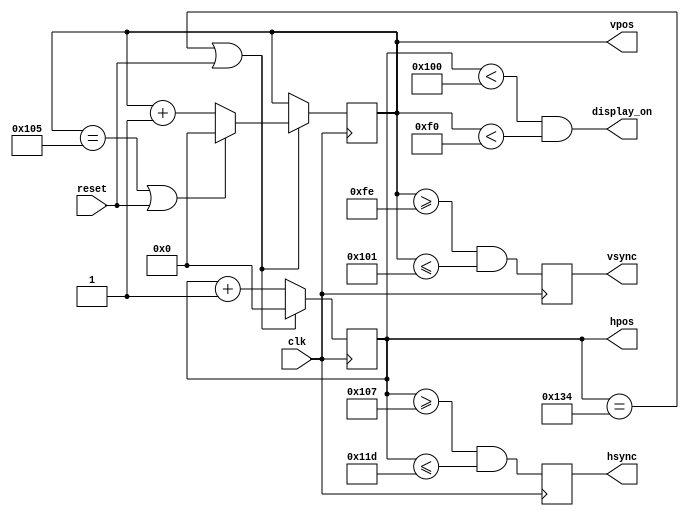
module hvsync_generator(clk, reset, hsync, vsync, display_on, hpos, vpos);
  
  input clk;
  input reset;
  
  output hsync, vsync;
  output display_on;
  
  // Pixel position for scanline
  output [8:0] hpos;
  output [8:0] vpos;
  
  // Horizontal attributes of the display
  localparam H_DISPLAY = 256; // horizontal display width
  localparam H_BACK    =  23; // left border (back porch)
  localparam H_FRONT   =   7; // right border (front porch)
  localparam H_SYNC    =  23; // horizontal sync width
  
  // Vertical attributes of the display
  localparam V_DISPLAY = 240; // vertical display height
  localparam V_TOP     =   4; // vertical top border
  localparam V_BOTTOM  =  14; // vertical bottom border
  localparam V_SYNC    =   4; // vertical sync # lines
  
  // Counter horizontal paramters
  localparam H_SYNC_START = H_DISPLAY + H_FRONT;
  localparam H_SYNC_END   = H_DISPLAY + H_FRONT + H_SYNC - 1;
  localparam H_MAX        = H_DISPLAY + H_FRONT + H_SYNC + H_BACK - 1;

  // Counter vertical parameters
  localparam V_SYNC_START = V_DISPLAY + V_BOTTOM;
  localparam V_SYNC_END   = V_DISPLAY + V_BOTTOM + V_SYNC - 1;
  localparam V_MAX        = V_DISPLAY + V_BOTTOM + V_SYNC + V_TOP - 1;

  wire hmaxxed = (hpos == H_MAX) || reset;
  wire vmaxxed = (vpos == V_MAX) || reset;
  
  // Horizontal postion counter
  always @(posedge clk)
  begin
    hsync <= (hpos >= H_SYNC_START && hpos <= H_SYNC_END);
    
    if(hmaxxed)
      hpos <= 0;
    else
      hpos <= hpos + 1;
  end
  
  // Vertical position counter
  always @(posedge clk)
  begin
    vsync <= (vpos >= V_SYNC_START && vpos <= V_SYNC_END);
      
    if(hmaxxed)
      if(vmaxxed)
        vpos <= 0;
      else
        vpos <= vpos + 1;
  end
  
  /* Only on if the scanline position is inside the display zone
   * Will default to black (0) for pixel color when outside of the zone
   */
  assign display_on = (hpos < H_DISPLAY) && (vpos < V_DISPLAY);
  
endmodule